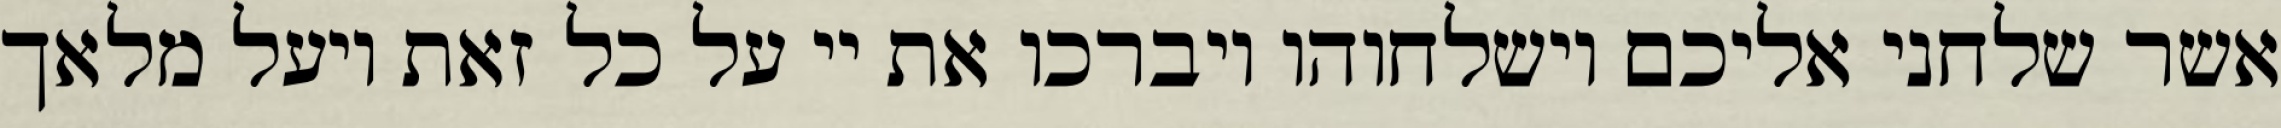
אשר שלחני אליכם וישלחוהו ויברכו את יי על כל זאת ויעל מלאך